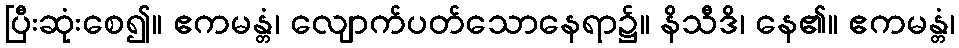
ပြီးဆုံးစေ၍။ ဧကမန္တံ၊ လျောက်ပတ်သောနေရာ၌။ နိသီဒိ၊ နေ၏။ ဧကမန္တံ၊